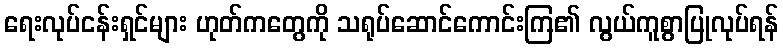
ရေးလုပ်ငန်းရှင်များ ဟုတ်ကတွေကို သရုပ်ဆောင်ကောင်းကြ၏ လွယ်ကူစွာပြုလုပ်ရန်